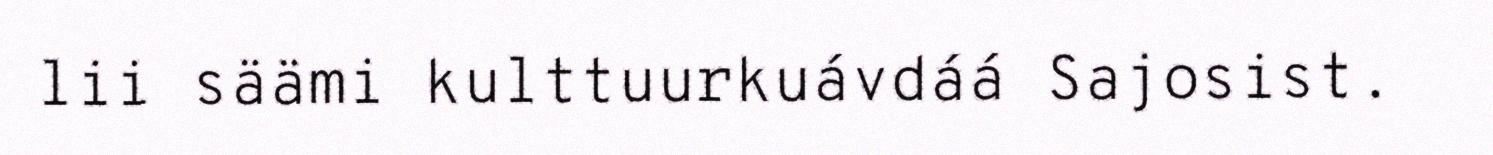
lii säämi kulttuurkuávdáá Sajosist.